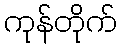
ကုန်တိုက်